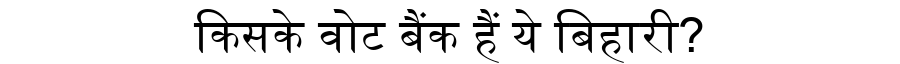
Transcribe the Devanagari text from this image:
किसके वोट बैंक हैं ये बिहारी?